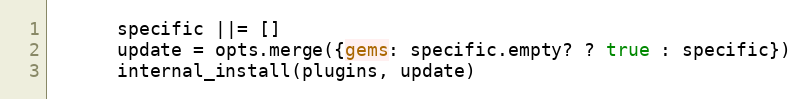
Language: Ruby
      specific ||= []
      update = opts.merge({gems: specific.empty? ? true : specific})
      internal_install(plugins, update)